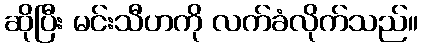
ဆိုပြီး မင်းသီဟကို လက်ခံလိုက်သည်။